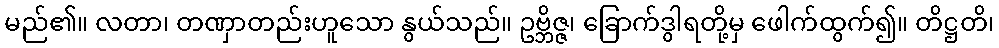
မည်၏။ လတာ၊ တဏှာတည်းဟူသော နွယ်သည်။ ဥဗ္ဘိဇ္ဇ၊ ခြောက်ဒွါရတို့မှ ဖေါက်ထွက်၍။ တိဋ္ဌတိ၊